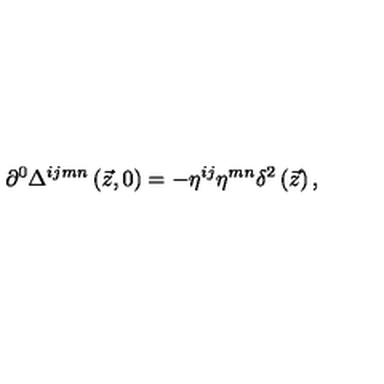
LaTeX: \partial ^ { 0 } \Delta ^ { i j m n } \left( \vec { z } , 0 \right) = - \eta ^ { i j } \eta ^ { m n } \delta ^ { 2 } \left( \vec { z } \right) ,